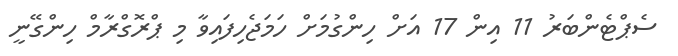
ސެޕްޓެންބަރު 11 އިން 17 އަށް ހިންގުމަށް ހަމަޖެހިފައިވާ މި ޕްރޮގްރާމް ހިންގޭނީ